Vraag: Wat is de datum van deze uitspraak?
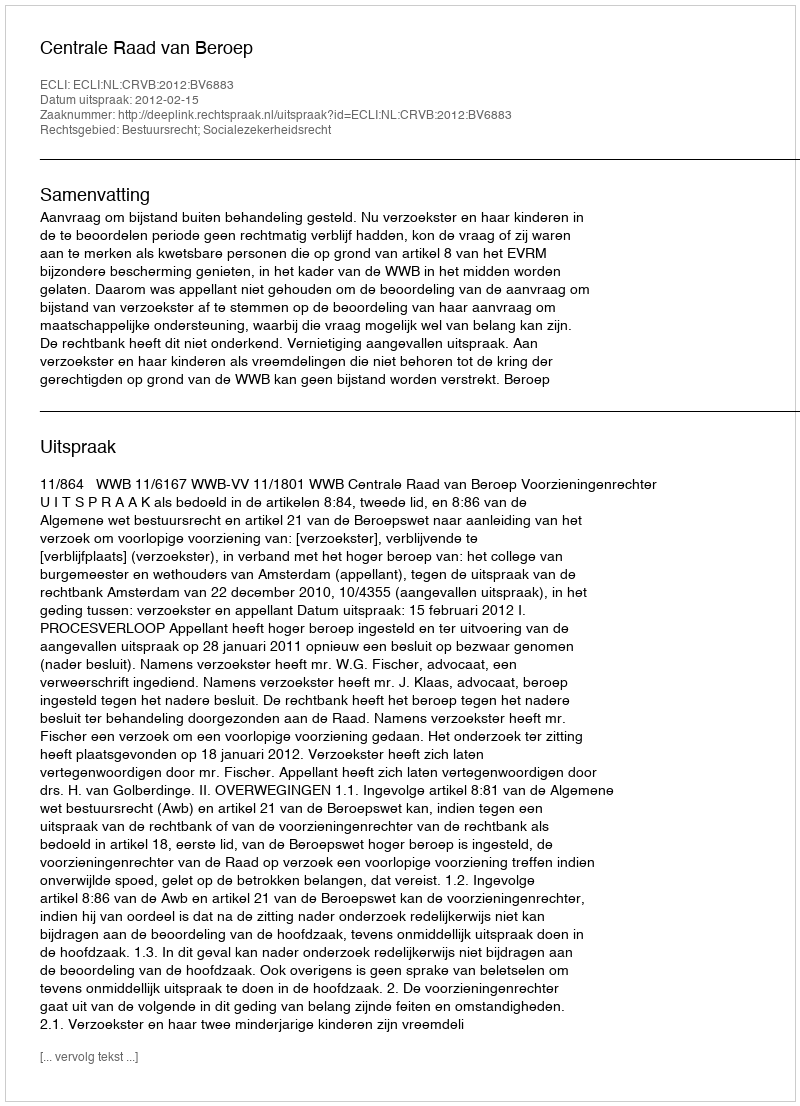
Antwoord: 2012-02-15